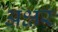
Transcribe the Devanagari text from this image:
अक्षरं